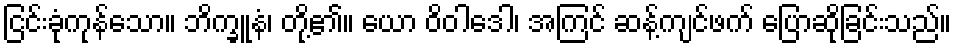
ငြင်းခုံကုန်သော။ ဘိက္ခူနံ၊ တို့၏။ ယော ဝိဝါဒေါ၊ အကြင် ဆန့်ကျင်ဖက် ပြောဆိုခြင်းသည်။